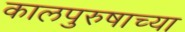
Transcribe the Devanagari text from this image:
कालपुरुषाच्या